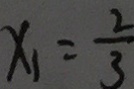
x _ { 1 } = \frac { 2 } { 3 }